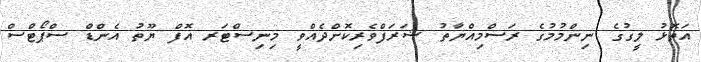
އަތޮޅު ލީގުގެ ނިންމުމުގެ ރަސްމިއްޔާތު ޝަރަފްވެރިކޮށްދެއްވީ މިނިސްޓަރ އޮފް ޔޫތު އެންޑް ސްޕޯޓްސް